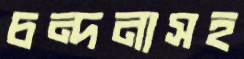
চন্দনাসহ